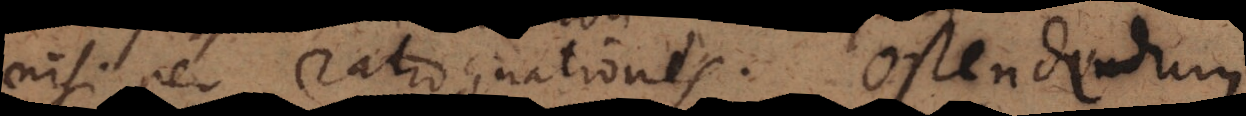
nisi per ratiocinationes. Ostendendum